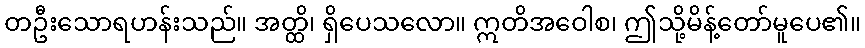
တဦးသောရဟန်းသည်။ အတ္ထိ၊ ရှိပေသလော။ ဣတိအဝေါစ၊ ဤသို့မိန့်တော်မူပေ၏။